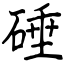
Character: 硾